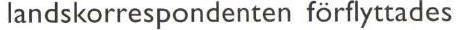
landskorrespondenten förflyttades